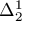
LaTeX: \Delta _ { 2 } ^ { 1 }